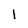
Character: l